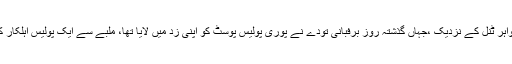
جموں شاہراہ پر جواہر ٹنل کے نزدیک ،جہاں گذشتہ روز برفبانی تودے نے پوری پولیس پوسٹ کو اپنی زد میں لایا تھا، ملبے سے ایک پولیس اہلکار کی لاش بر آمد کی۔